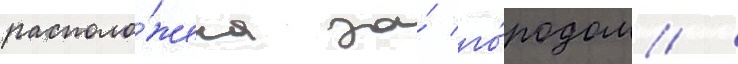
располо́жена за́ го́родом /